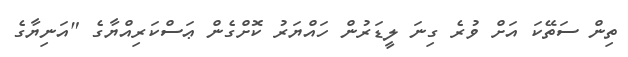
ތިން ސަތޭކަ އަށް ވުރެ ގިނަ ލީޑަރުން ހައްޔަރު ކޮށްގެން ޢަސްކަރިއްޔާގެ "އަނިޔާގެ